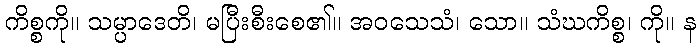
ကိစ္စကို။ သမ္ပာဒေတိ၊ မပြီးစီးစေ၏။ အဝသေသံ၊ သော။ သံဃကိစ္စ၊ ကို။ န